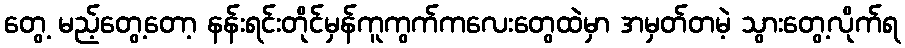
တွေ့ မည့်တွေ့တော့ နန်းရင်းတိုင်မှန်ကူကွက်ကလေးတွေထဲမှာ အမှတ်တမဲ့ သွားတွေ့လိုက်ရ